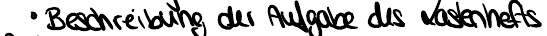
Beschreibung der Aufgabe des Lastenhefts